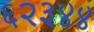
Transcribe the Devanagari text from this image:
६२३४४